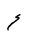
Letter: _ayn